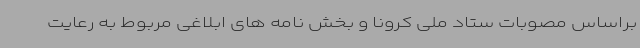
براساس مصوبات ستاد ملی کرونا و بخش نامه های ابلاغی مربوط به رعایت